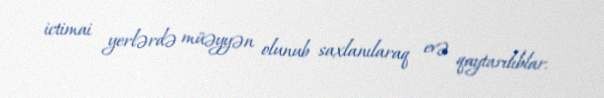
ictimai yerlərdə müəyyən olunub saxlanılaraq evə qaytarılıblar.